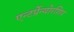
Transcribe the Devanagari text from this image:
एन्टर्प्रेन्योरशिप